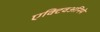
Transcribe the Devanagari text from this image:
एक्टिवअनिमे